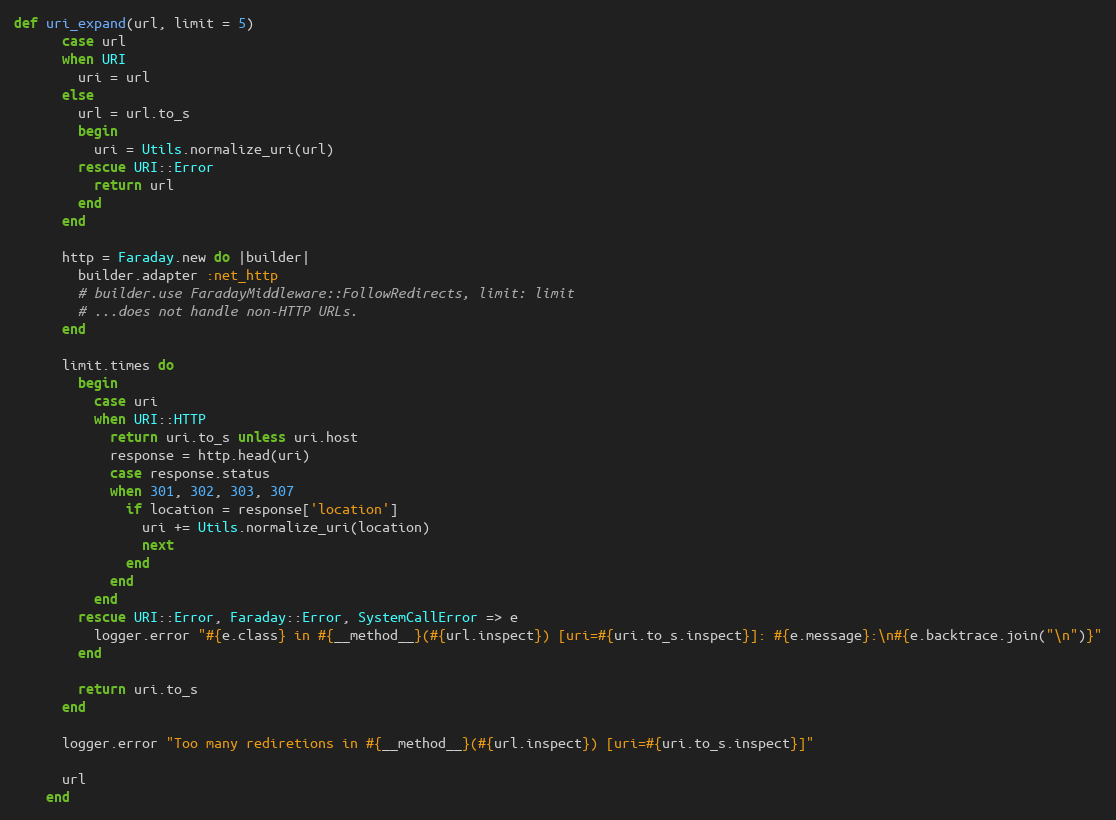
Language: Ruby
def uri_expand(url, limit = 5)
      case url
      when URI
        uri = url
      else
        url = url.to_s
        begin
          uri = Utils.normalize_uri(url)
        rescue URI::Error
          return url
        end
      end

      http = Faraday.new do |builder|
        builder.adapter :net_http
        # builder.use FaradayMiddleware::FollowRedirects, limit: limit
        # ...does not handle non-HTTP URLs.
      end

      limit.times do
        begin
          case uri
          when URI::HTTP
            return uri.to_s unless uri.host
            response = http.head(uri)
            case response.status
            when 301, 302, 303, 307
              if location = response['location']
                uri += Utils.normalize_uri(location)
                next
              end
            end
          end
        rescue URI::Error, Faraday::Error, SystemCallError => e
          logger.error "#{e.class} in #{__method__}(#{url.inspect}) [uri=#{uri.to_s.inspect}]: #{e.message}:\n#{e.backtrace.join("\n")}"
        end

        return uri.to_s
      end

      logger.error "Too many rediretions in #{__method__}(#{url.inspect}) [uri=#{uri.to_s.inspect}]"

      url
    end